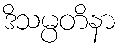
ဒိသမ္ပတိနာ